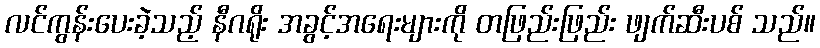
လင်ကွန်းပေးခဲ့သည့် နီဂရိုး အခွင့်အရေးများကို တဖြည်းဖြည်း ဖျက်ဆီးပစ် သည်။